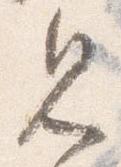
見